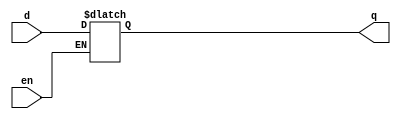
/**************************************************
P1.1 D-LATCH BEHAVIORAL
************************************************/

module dlatch_bh(q,d,en);

	input en,d;
	output reg q;

	always@(en,q)
		if(en) q=d;

endmodule